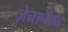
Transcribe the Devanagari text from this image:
ज़ेनापैक्स